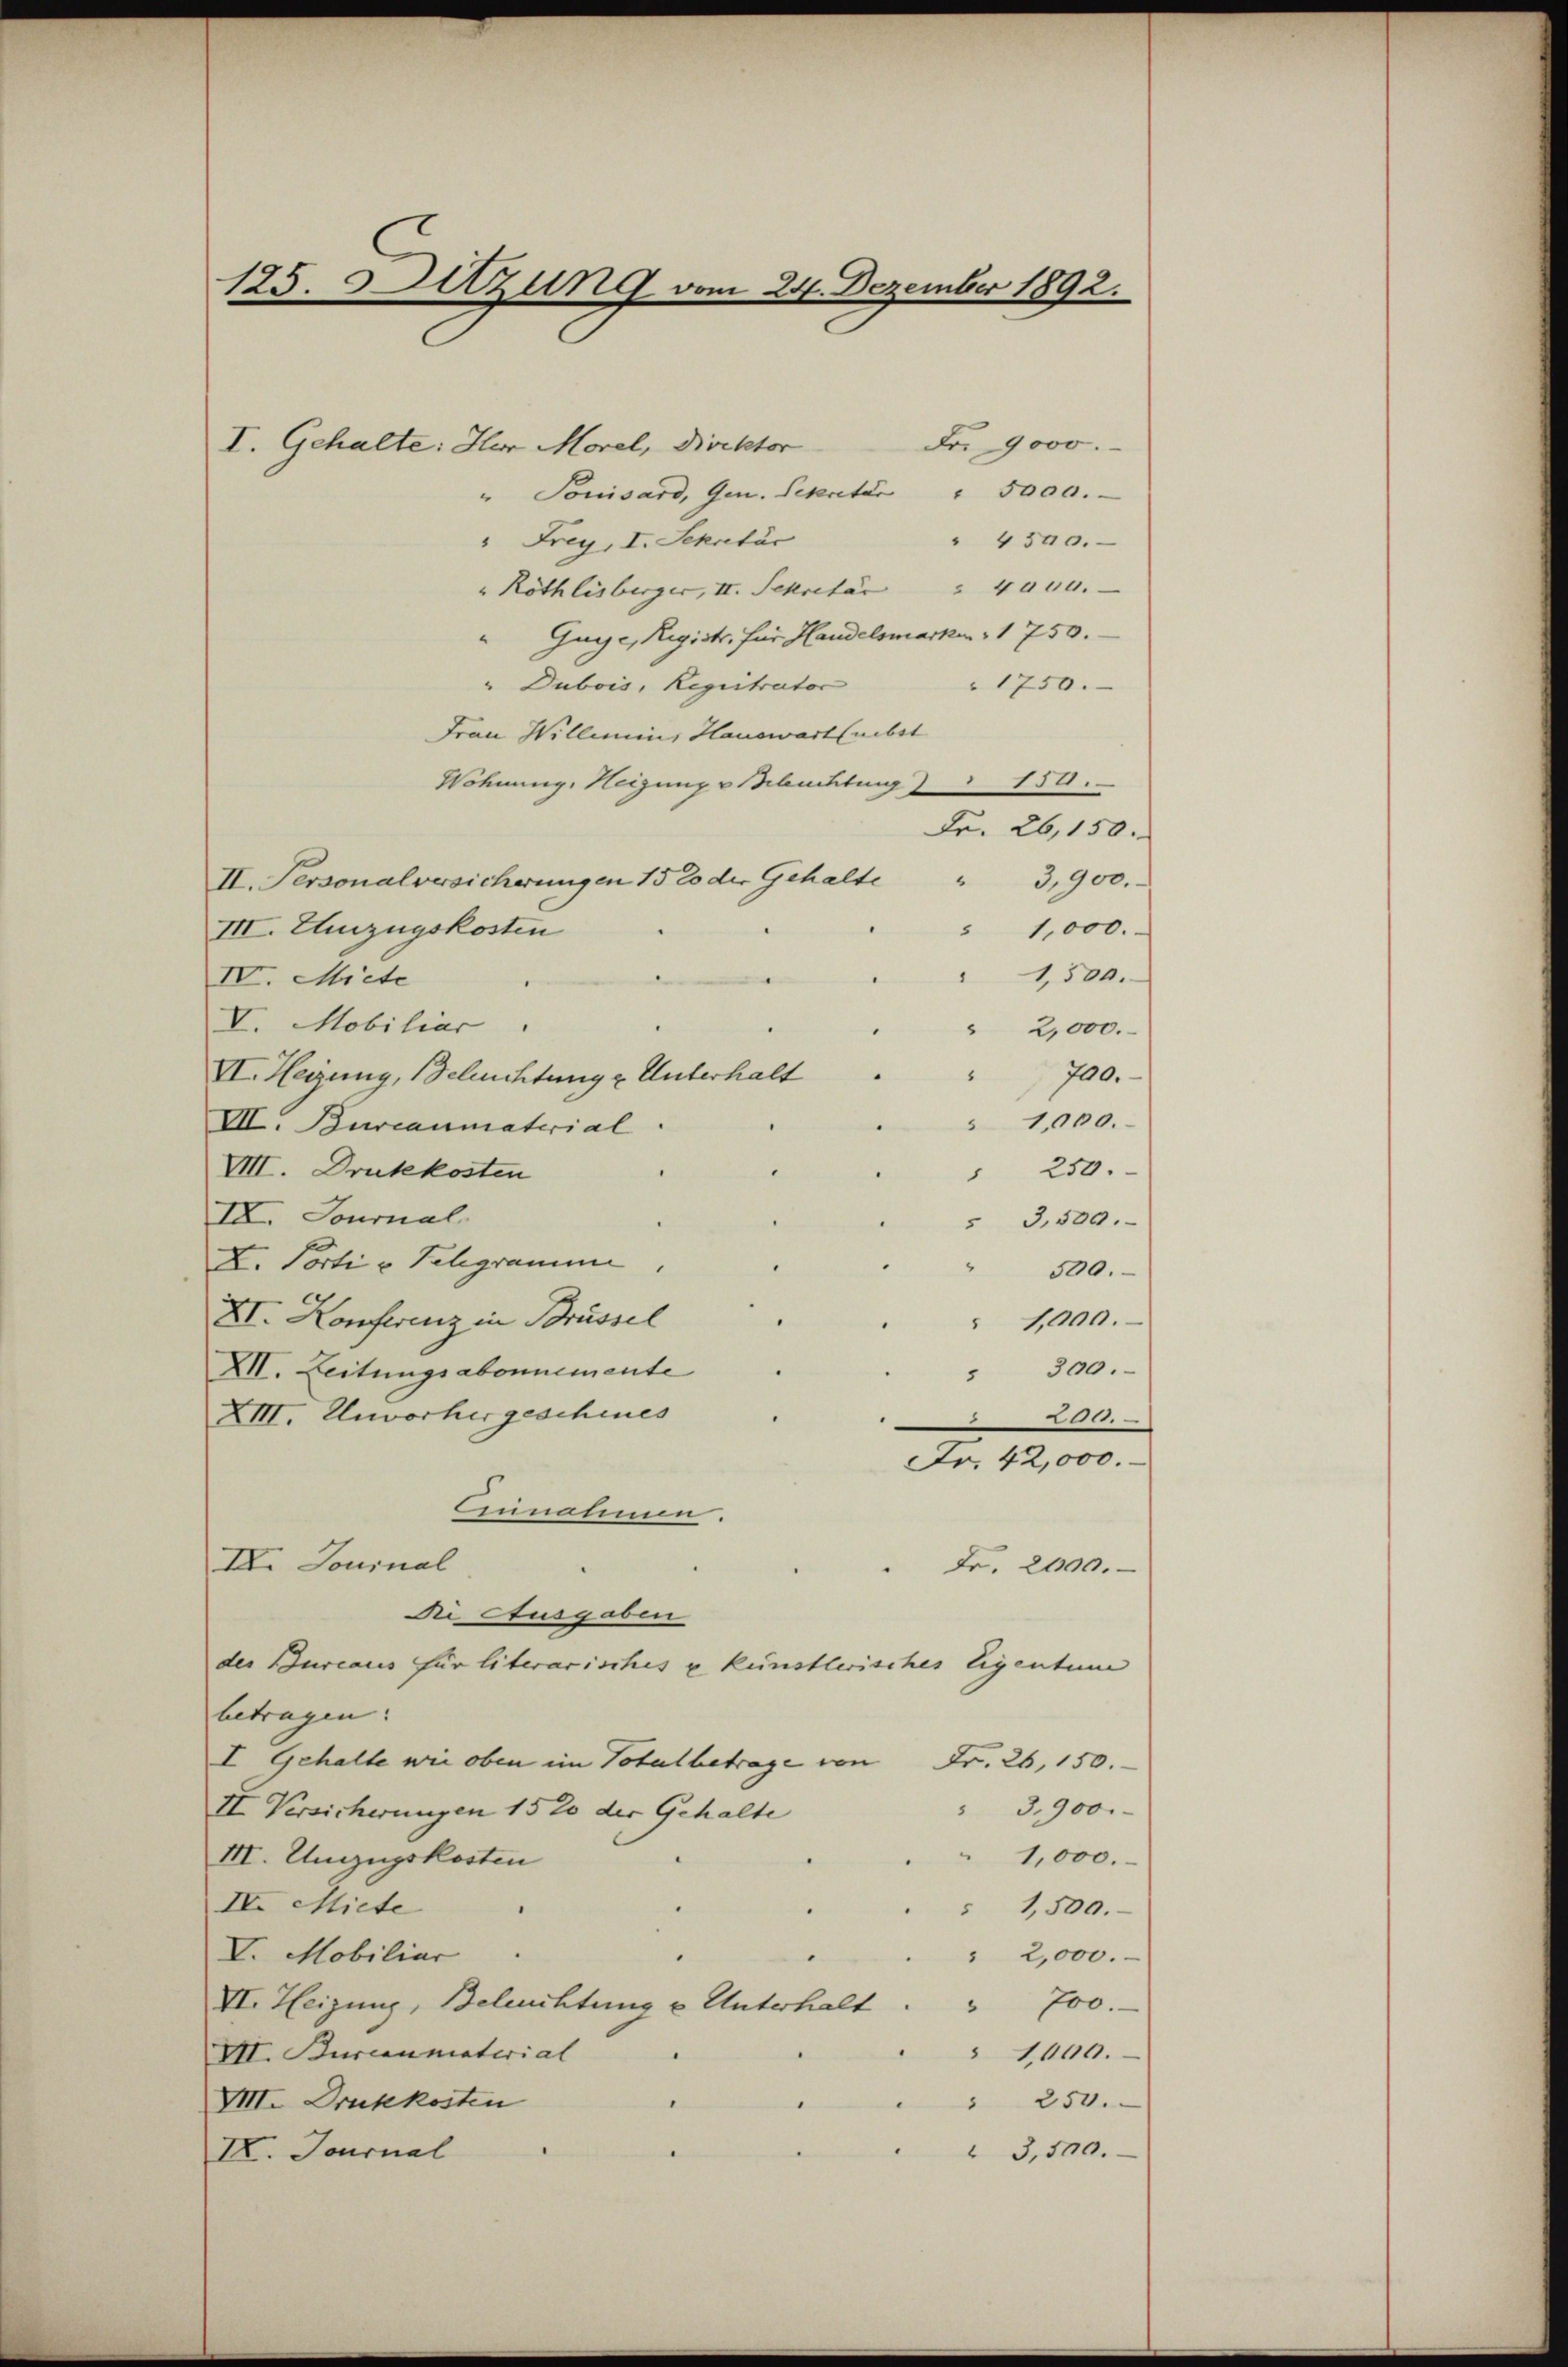
185. Dazung vom 24. Dezember 1892.

Fr. 9000.
I. Gehalte: Herr Morel, Direktor
"Touisard, Gen. Sepater " 5000.
" 4300.
" Frey, I. Sekatác
" Röthlisberger, II. Sekretär " 4000.
"Guge, Regist, für Handelsmarke 1 750.
" Dubois, Registrator
1750.
Frau Willemins Hauswart (nebst
Wohnung, Heizungsbuchtung) 150.
Fr. 26,150.
II. Personalversicherungen 152 der Gehalte " 3,900.
" 1,000.
III. Unzugskosten
1,500.
IVI. Miete
V. Mobiliar
" 2,000.
700.
VI. Heizung, Schuchtung u. Unterhalt
1,000.
VII. Bureaumaterial.
VIII. Druckkosten
" 250.
IX. Journal
3,500.
X. Porti u. Telegramme
500.
XI. Konferenz in Brüssel
" 1000.
XII. Leitungsabonnemente
" 300.
XIII. Unvorhergeschines

Fr. 42,000.
Ginalinen.
IV. Journal
Fr. 2000.
Die Ausgaben
der Bureaus für literarisches u künstlerisches Eigentum
betragen. |
I Gehalte wie oben im Totalbetrage von Fr. 26, 150.
" 3,900.
II Versicherungen 152 der Gehalte
1,000.
III. Umzugskosten
IV. Miete
1,500.
V. Mobiliar
" 2,000.
" 700.
VI. Heizung, Beleuchtung u Unterhalt
1,000.
VII. Bureaumaterial
" 250.
VII. Druckkosten
" 3,500.
IX. Journal